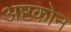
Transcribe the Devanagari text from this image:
अष्टकोन